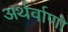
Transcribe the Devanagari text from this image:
अर्थर्वाणो